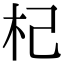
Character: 杞